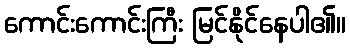
ကောင်းကောင်းကြီး မြင်နိုင်နေပါ၏။